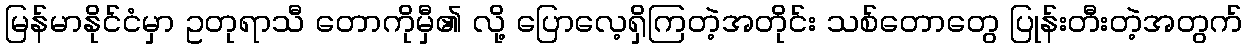
မြန်မာနိုင်ငံမှာ ဥတုရာသီ တောကိုမှီ၏ လို့ ပြောလေ့ရှိကြတဲ့အတိုင်း သစ်တောတွေ ပြုန်းတီးတဲ့အတွက်